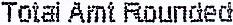
TOTAL AMT ROUNDED